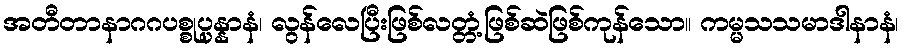
အတီတာနာဂဂပစ္စုပ္ပန္နာနံ၊ လွန်လေပြီးဖြစ်လတ္တံ့ဖြစ်ဆဲဖြစ်ကုန်သော။ ကမ္မသသမာဒါနာနံ၊